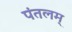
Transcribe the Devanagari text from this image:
पंतलम्